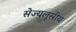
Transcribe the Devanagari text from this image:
सेज्युलूसीय